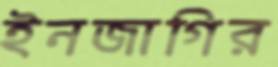
ইনজাগির